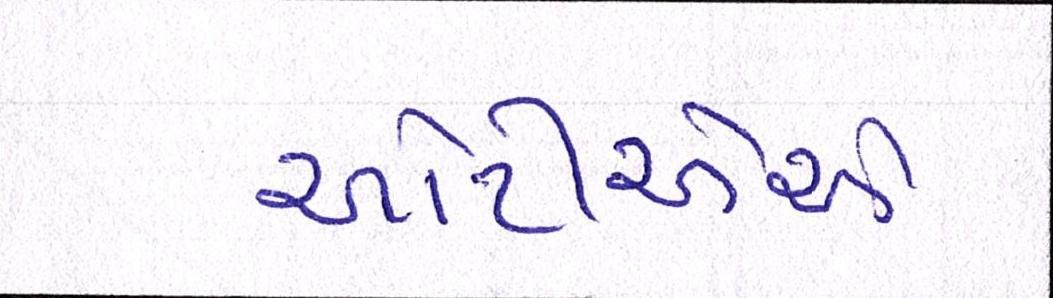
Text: ઓટીએએ